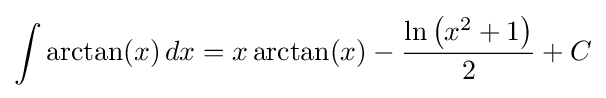
\int \arctan(x)\,dx=x\arctan(x)-{\frac {\ln \left(x^{2}+1\right)}{2}}+C